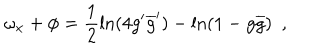
LaTeX: \omega _ { x } + \phi = \frac { 1 } { 2 } \ln ( 4 g ^ { \prime } \overline { { { g } } } ^ { \prime } ) - \ln ( 1 - g \overline { { { g } } } ) ~ ~ ,